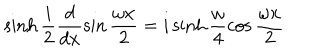
LaTeX: \sinh \frac { i } { 2 } \frac { d } { d x } \sin \frac { \omega x } { 2 } = i \sinh \frac { \omega } { 4 } \cos \frac { \omega x } { 2 }